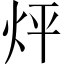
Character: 𤇊